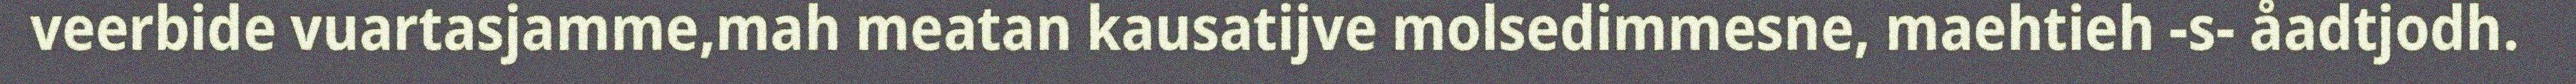
veerbide vuartasjamme,mah meatan kausatijve molsedimmesne, maehtieh -s- åadtjodh.